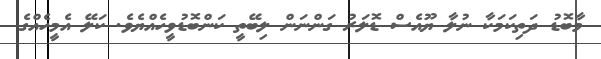
މާބޮޑު ދަތިކަމަކާ ނުލާ ޔޫއެސް ޑޮލަރު ގަންނަން ލިބޭތީ ކަންބޮޑުވީހެއްޔެވެ. ކަލޭ އެމީހެއްގެ